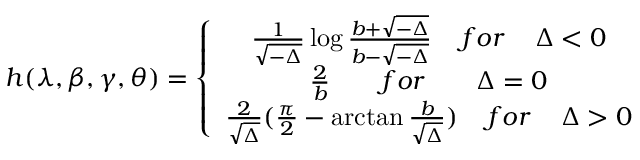
h ( \lambda , \beta , \gamma , \theta ) = \left\{ \begin{array} { c } { { \frac { 1 } { \sqrt { - \Delta } } \log \frac { b + \sqrt { - \Delta } } { b - \sqrt { - \Delta } } \; \; \; \; f o r \; \; \; \; \Delta < 0 } } \\ { { \frac { 2 } { b } \; \; \; \; \; \; \; f o r \; \; \; \; \; \; \; \Delta = 0 } } \\ { { \frac { 2 } { \sqrt { \Delta } } ( \frac { \pi } { 2 } - \arctan \frac { b } { \sqrt { \Delta } } ) \; \; \; \; f o r \; \; \; \; \Delta > 0 } } \end{array} \right.